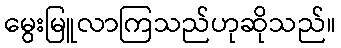
မွေးမြူလာကြသည်ဟုဆိုသည်။